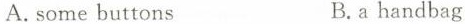
A. some buttons B. a handbag